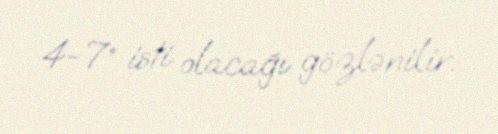
4-7° isti olacağı gözlənilir.